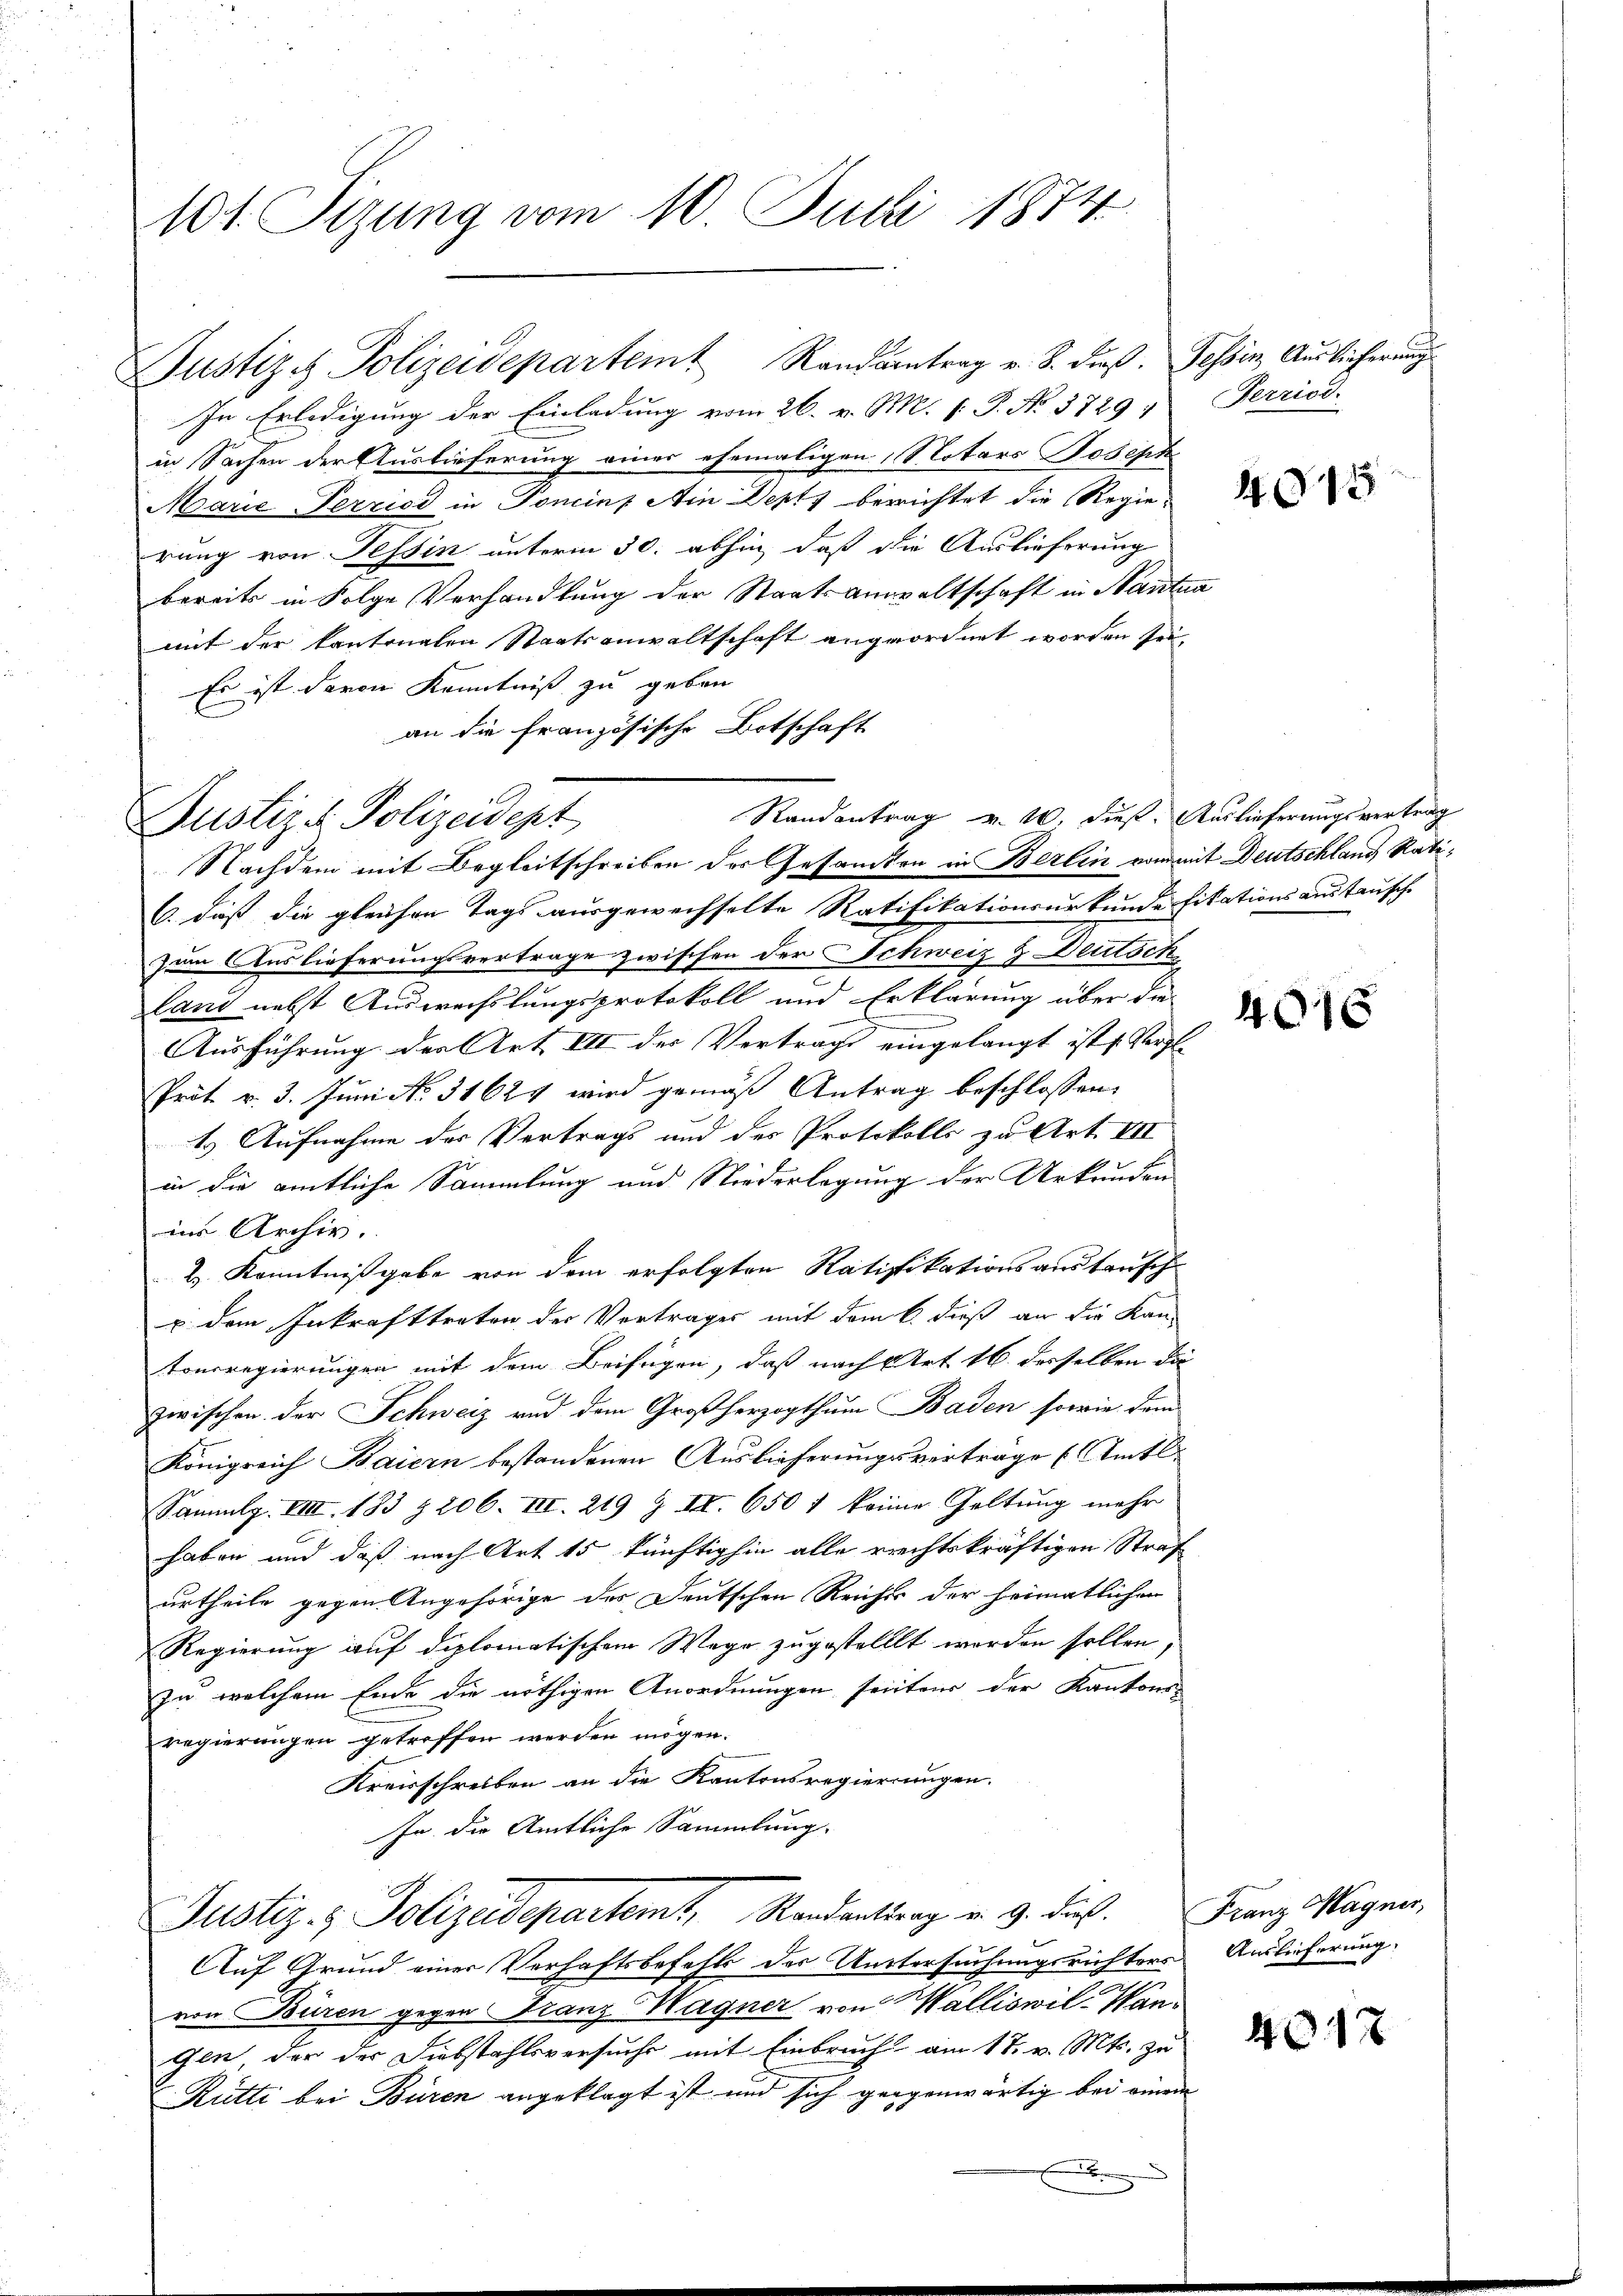
101. Sizung vom 10. Juli 1874

In Erledigung der Einladung vom 26. v. M. P. No. 3729;
in Sachen der Auslieferung einer ehemaligen S. Lotars Joseph
Marie Perried in Poncinp Ain Depts berichtet die Regie-
rung von Tessin unterm 30. abhin, daß die Auslieferung
bereits in Folge Verhandlung der Staatsanwaltschaft in Nanten
mit der kantonalen Staatsanwaltschaft angeordnet worden sei.
Es ist davon Kenntnis zu geben
an die französische Botschaft
Nachdem mit Begleitschreiben der Gesamten in Berlin von mit Deutschlang Rati¬
6. daß die gleichen Tags ausgewechselte Ratifikationsurkunde fikationsaustausch.
zum Auslieferungsvertrage zwischen der Schweiz & Deutsch
land nebst Auswechslungsprotokoll und Erklärung über die
Ausführung der Art. III der Vertrage eingelangt ist Vergl.
Prot. v. 3. Juni No. 31624 wird gemäß Antrag beschlossen:
1. Aufnahme der Vertrags und des Protokolls zu Art. VII
in die amtliche Sammlung und Niederlegung der Urkunden
ins Archiv.
2 Kenntnißgabe von dem erfolgten Ratifikationsanstausch
u dem Inkrafttreten der Vortrages mit dem C. dieß an die Kan-
tonsregierungen mit dem Beifügen, daß nach Art. 16. derselben die
zwischen der Schweiz und dem Großherzogthum Baden sowie dem
Königreich Baiern bestandenen Auslieferungsverträge (Amts¬
Sammlg. VIII. 183 § 206. III. 219 & II. 650 f keine Geltung mehr
haben und daß nach Art 15 künftighin alle rechtskräftigen Straß
urtheile gegen Angehörige der Deutschen Reiches der heimatlichen
Regierung auf diplomatischem Wege zugestellt worden sollen.
zu welchem Ende die nöthigen Anordnungen seiten der Kantonss
regierungen getreffen werden mögen.
Kreisschreiben an die Kantonsregierungen.
In die Amtliche Sammlung.
Justiz- & Polizeidepartemt, Randantrag v. 9. dies
Auf Grund einer Verhaftsbefehls des Untersuchungsrichters Auslieferung
von Buren gegen Franz Wagner von Walliswil-Wan¬
Gen, der der Diebstahlsversuchs mit Einbruch am 17. v. Mts. zu
Rütti bei Büren angeklagt ist und sich gegenwärtig bei einem

Justiz & Polizeidept

Justiz & Polizeidepartem Randantrag v. 8. dieß. Tessin, Auslieferung

Randantrag v. 10. dieß. Auslieferungsvertrag

E

Perriss.

415

4

Franz Magner,

417